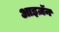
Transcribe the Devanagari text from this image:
आइज़ॅन